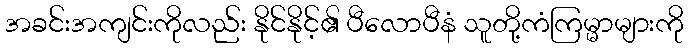
အခင်းအကျင်းကိုလည်း နိုင်နိုင့်၏ ပီလောပီနံ သူတို့ကံကြမ္မာများကို